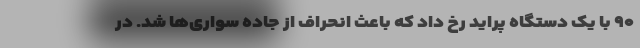
۹۰ با یک دستگاه پراید رخ داد که باعث انحراف از جاده سواری‌ها شد. در